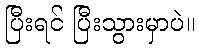
ပြီးရင် ပြီးသွားမှာပဲ။